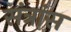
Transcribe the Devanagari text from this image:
संत्रांस